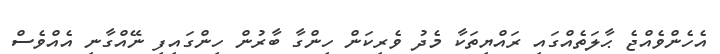
އެހެންވެއްޖެ ޙާލަތެއްގައި ރައްޔިތަކާ މެދު ވެރިކަން ހިންގާ ބާރުން ހިންގައިފި ނޭއްގާނި އެއްވެސް